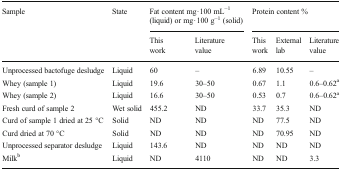
<table><thead><tr><td rowspan="2"><b>Sample</b></td><td rowspan="2"><b>State</b></td><td colspan="2"><b>Fat content mg · 100 mL<sup>−1</sup> (liquid) or mg · 100 g<sup>−1</sup> (solid)</b></td><td colspan="3"><b>Protein content %</b></td></tr><tr><td><b>This work</b></td><td><b>Literature value</b></td><td><b>This work</b></td><td><b>External lab</b></td><td><b>Literature value</b></td></tr></thead><tbody><tr><td>Unprocessed bactofuge desludge</td><td>Liquid</td><td>60</td><td>–</td><td>6.89</td><td>10.55</td><td>–</td></tr><tr><td>Whey (sample 1)</td><td>Liquid</td><td>19.6</td><td>30–50</td><td>0.67</td><td>1.1</td><td>0.6–0.62<sup>a</sup></td></tr><tr><td>Whey (sample 2)</td><td>Liquid</td><td>16.6</td><td>30–50</td><td>0.53</td><td>0.7</td><td>0.6–0.62<sup>a</sup></td></tr><tr><td>Fresh curd of sample 2</td><td>Wet solid</td><td>455.2</td><td>ND</td><td>33.7</td><td>35.3</td><td>ND</td></tr><tr><td>Curd of sample 1 dried at 25 °C</td><td>Solid</td><td>ND</td><td>ND</td><td>ND</td><td>77.5</td><td>ND</td></tr><tr><td>Curd dried at 70 °C</td><td>Solid</td><td>ND</td><td>ND</td><td>ND</td><td>70.95</td><td>ND</td></tr><tr><td>Unprocessed separator desludge</td><td>Liquid</td><td>143.6</td><td>ND</td><td>ND</td><td>ND</td><td>ND</td></tr><tr><td>Milk<sup>b</sup></td><td>Liquid</td><td>ND</td><td>4110</td><td>ND</td><td>ND</td><td>3.3</td></tr></tbody></table>